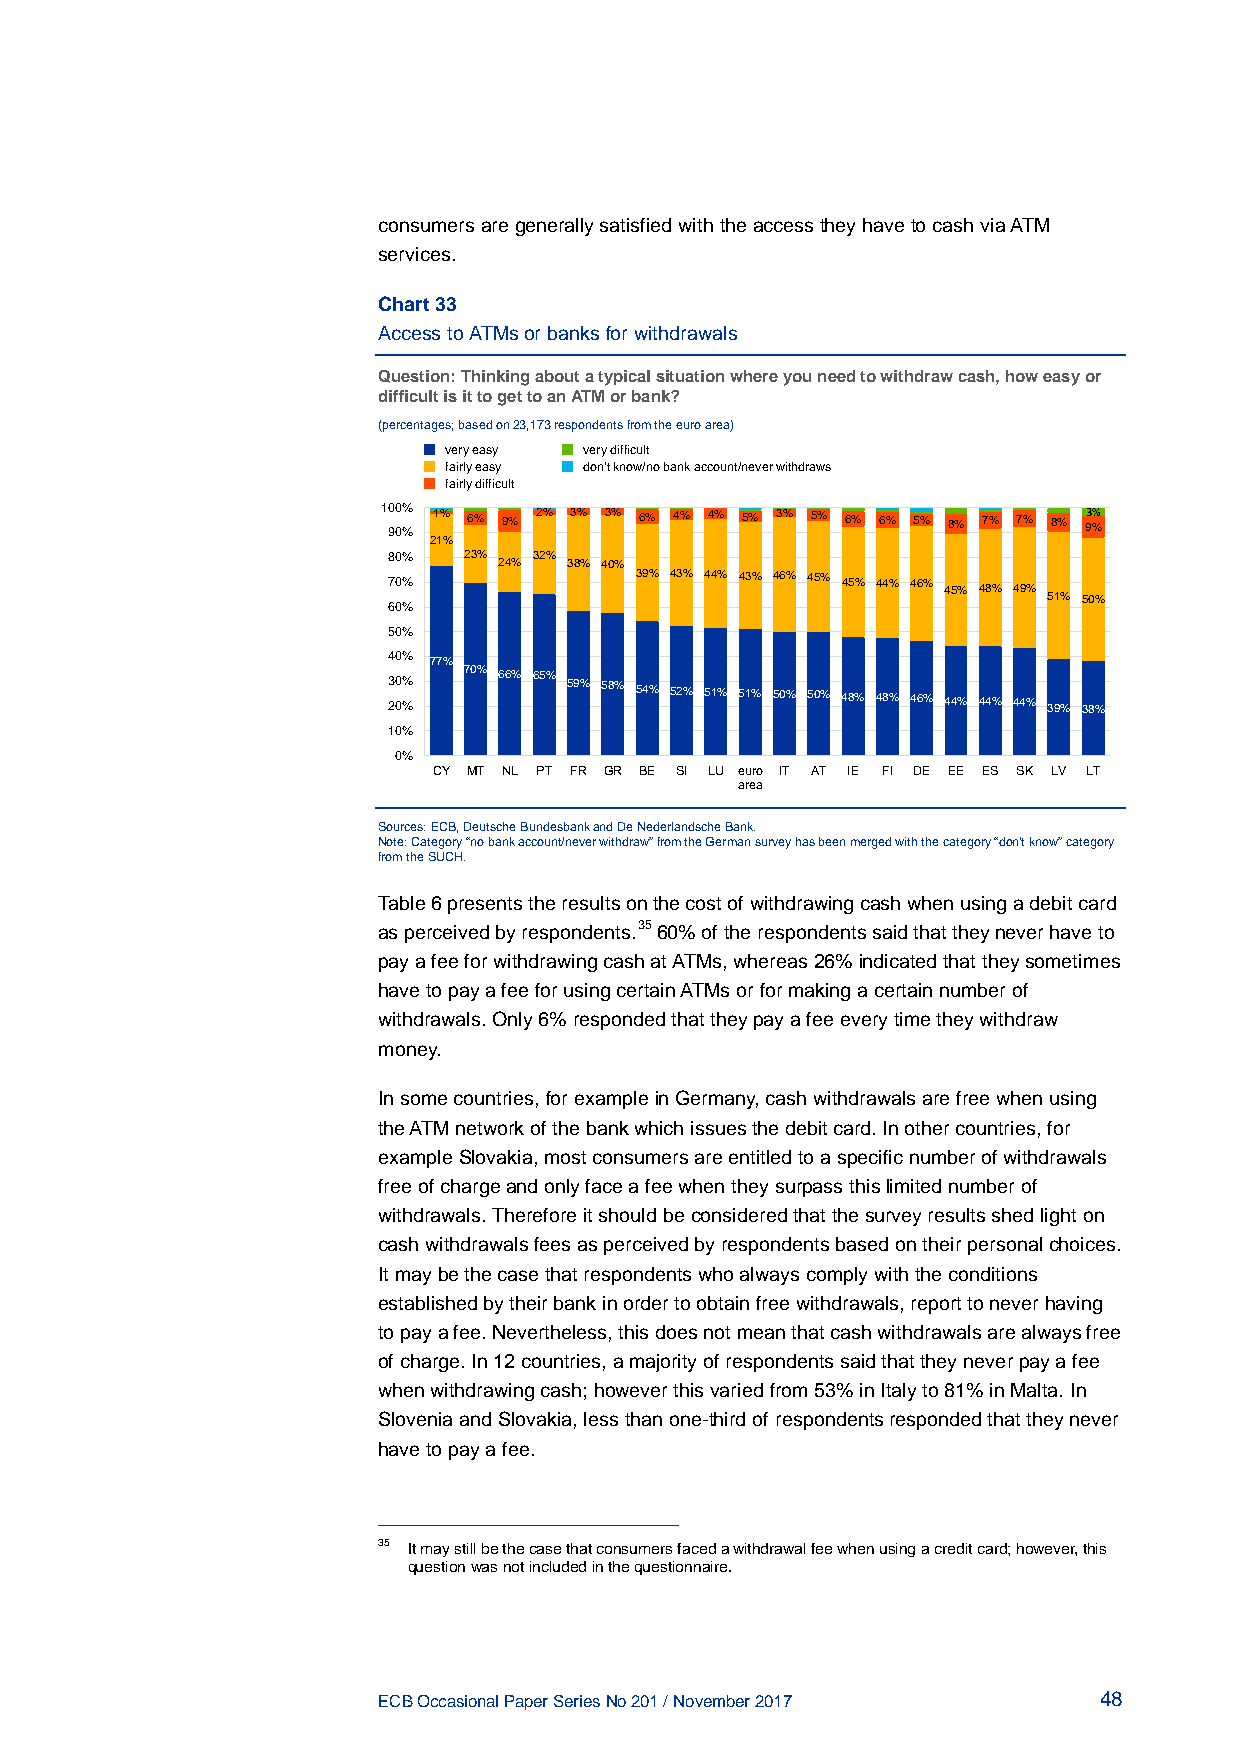
consumers are generally satisfied with the access they have to cash via ATM
 services.
 Chart 33
 Access to ATMs or banks for withdrawals
 Question: Thinking about a typical situation where you need to withdraw cash, how easy or
 difficult is it to get to an ATM or bank?
 (percentages; based on 23,173 respondents from the euro area)
 very easy very difficult
 fairly easy don't know/no bank account/never withdraws
 fairly difficult
 1 90 00%
 %
 1% 6% 9% 2% 3% 3% 6% 4% 4% 5% 3% 5% 6% 6% 5% 8% 7% 7% 8% 93 %%
 21%
 80%  23% 24% 32% 38% 40%
 70%             39% 43% 44% 43% 46% 45% 45% 44% 46% 45% 48% 49% 51% 50%
 60%
 50%
 40% 77%
 23 00 %% 70% 66% 65% 59% 58% 54% 52% 51% 51% 50% 50% 48% 48% 46% 44% 44% 44% 39% 38%
 10%
 0%
 CY MT NL PT FR GR BE SI LU euro IT AT IE FI DE EE ES SK LV LT
 area
 Sources: ECB, Deutsche Bundesbank and De Nederlandsche Bank.
 Note: Category “no bank account/never withdraw” from the German survey has been merged with the category “don’t know” category
 from the SUCH.
 Table 6 presents the results on the cost of withdrawing cash when using a debit card
 as perceived by respondents.35 60% of the respondents said that they never have to
 pay a fee for withdrawing cash at ATMs, whereas 26% indicated that they sometimes
 have to pay a fee for using certain ATMs or for making a certain number of
 withdrawals. Only 6% responded that they pay a fee every time they withdraw
 money.
 In some countries, for example in Germany, cash withdrawals are free when using
 the ATM network of the bank which issues the debit card. In other countries, for
 example Slovakia, most consumers are entitled to a specific number of withdrawals
 free of charge and only face a fee when they surpass this limited number of
 withdrawals. Therefore it should be considered that the survey results shed light on
 cash withdrawals fees as perceived by respondents based on their personal choices.
 It may be the case that respondents who always comply with the conditions
 established by their bank in order to obtain free withdrawals, report to never having
 to pay a fee. Nevertheless, this does not mean that cash withdrawals are always free
 of charge. In 12 countries, a majority of respondents said that they never pay a fee
 when withdrawing cash; however this varied from 53% in Italy to 81% in Malta. In
 Slovenia and Slovakia, less than one-third of respondents responded that they never
 have to pay a fee.
 35 It may still be the case that consumers faced a withdrawal fee when using a credit card; however, this
 question was not included in the questionnaire.
 ECB Occasional Paper Series No 201 / November 2017 48